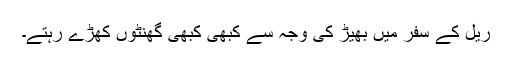
ریل کے سفر میں بھیڑ کی وجہ سے کبھی کبھی گھنٹوں کھڑے رہتے۔